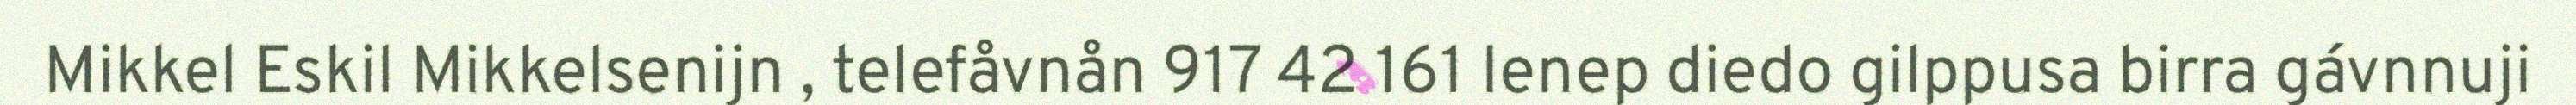
Mikkel Eskil Mikkelsenijn , telefåvnån 917 42 161 Ienep diedo gilppusa birra gávnnuji